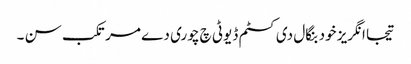
تیجا انگریز خود بنگال دی کسٹم ڈیوٹی چ چوری دے مرتکب سن ۔